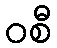
ဝစီ